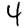
Digit: 4